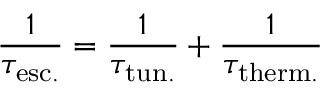
{ \frac { 1 } { \tau _ { \mathrm { e s c . } } } } = { \frac { 1 } { \tau _ { \mathrm { t u n . } } } } + { \frac { 1 } { \tau _ { \mathrm { t h e r m . } } } }